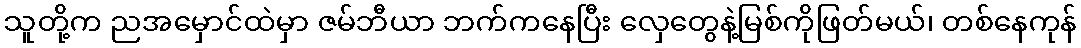
သူတို့က ညအမှောင်ထဲမှာ ဇမ်ဘီယာ ဘက်ကနေပြီး လှေတွေနဲ့မြစ်ကိုဖြတ်မယ်၊ တစ်နေကုန်